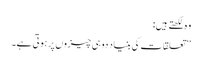
وہ لکھتے ہیں:
’’تعلقات کی بنیاد دو ہی چیزوں پر ہوتی ہے۔